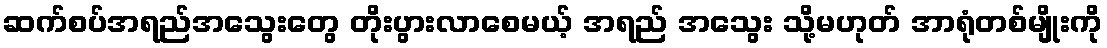
ဆက်စပ်အရည်အသွေးတွေ တိုးပွားလာစေမယ့် အရည် အသွေး သို့မဟုတ် အာရုံတစ်မျိုးကို